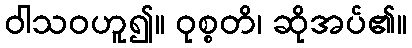
ဝါသဝဟူ၍။ ဝုစ္စတိ၊ ဆိုအပ်၏။